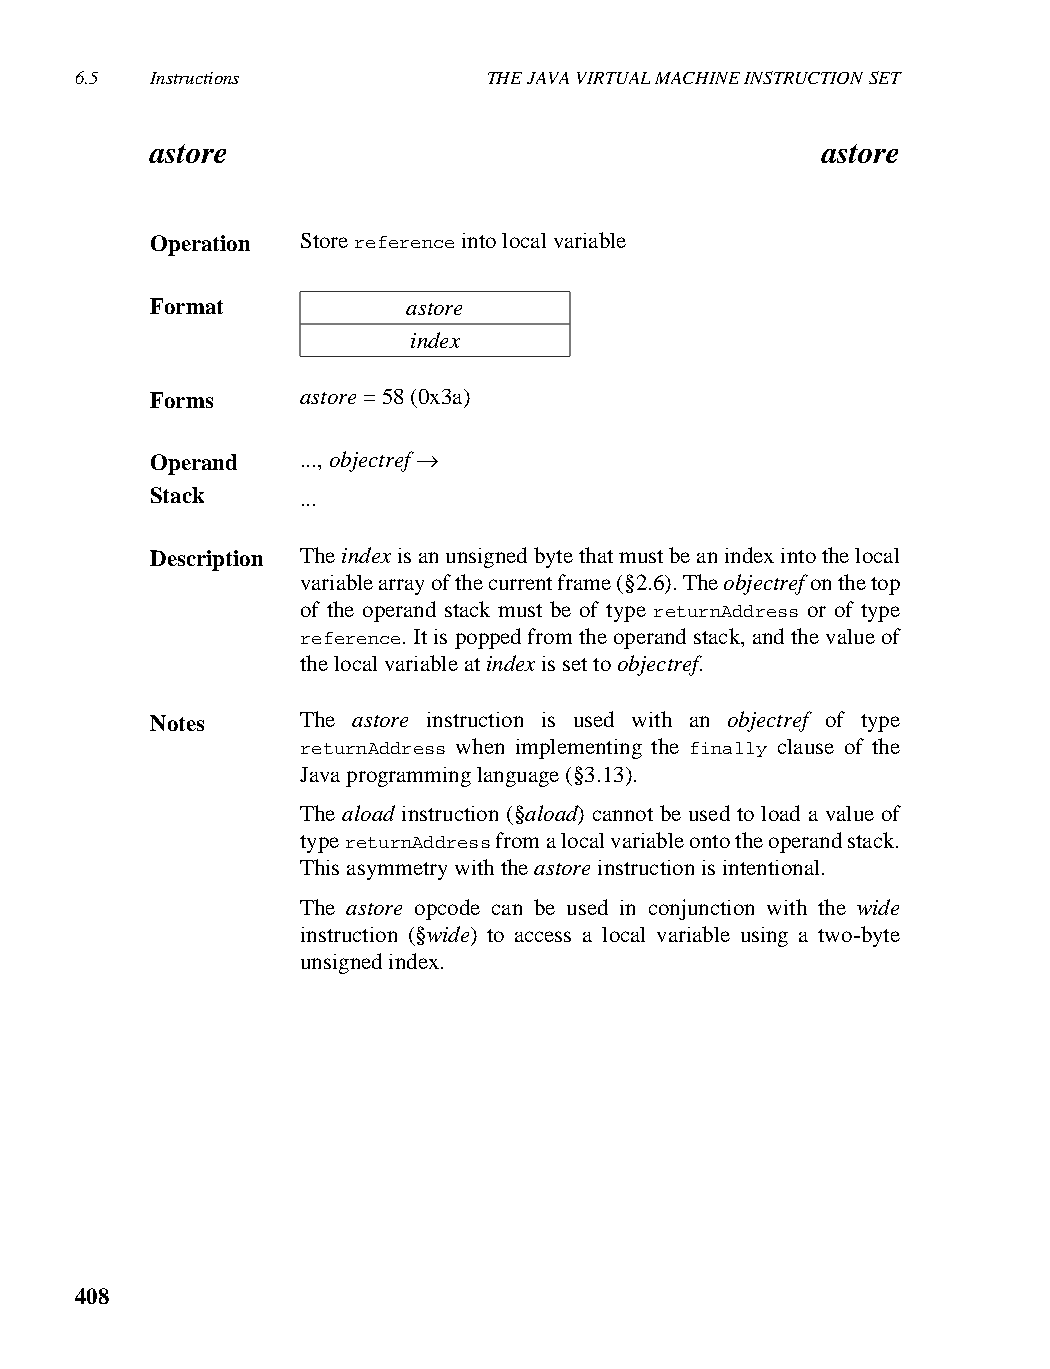
6.5  Instructions          THE JAVA VIRTUAL MACHINE INSTRUCTION SET
 astore                                      astore
 Operation Store reference into local variable
 Format           astore
 index
 Forms     astore = 58 (0x3a)
 Operand   ..., objectref →
 Stack     ...
 Description The index is an unsigned byte that must be an index into the local
 variable array of the current frame (§2.6). The objectref on the top
 of the operand stack must be of type returnAddress or of type
 reference. It is popped from the operand stack, and the value of
 the local variable at index is set to objectref.
 Notes     The astore instruction is used with an objectref of type
 returnAddress when implementing the finally clause of the
 Java programming language (§3.13).
 The aload instruction (§aload) cannot be used to load a value of
 type returnAddress from a local variable onto the operand stack.
 This asymmetry with the astore instruction is intentional.
 The astore opcode can be used in conjunction with the wide
 instruction (§wide) to access a local variable using a two-byte
 unsigned index.
 408